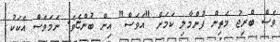
ވެސް ބްރިޖު މަތިން ފުންމާލި ކަމަށް "އަވަސް" އިން ބުންޏެވެ. ނަމަވެސް އެކަކު